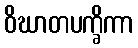
ဝိဃာတပက္ခိကာ